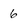
Character: 6